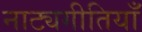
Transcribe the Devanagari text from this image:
नाट्यगीतियाँ